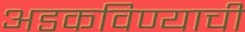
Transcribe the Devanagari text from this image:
अडकविण्याची